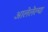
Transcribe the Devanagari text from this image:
आलेलेल्या